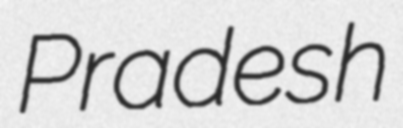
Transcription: Pradesh